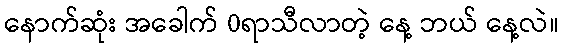
နောက်ဆုံး အခေါက် 0ရာသီလာတဲ့ နေ့ ဘယ် နေ့လဲ။